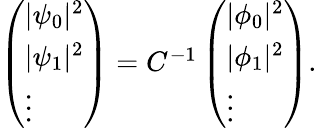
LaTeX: \begin{array}{r}{\left(\begin{array}{l}{|\psi_{0}|^{2}}\\ {|\psi_{1}|^{2}}\\ {\vdots}\end{array}\right)=C^{-1}\left(\begin{array}{l}{|\phi_{0}|^{2}}\\ {|\phi_{1}|^{2}}\\ {\vdots}\end{array}\right).}\end{array}